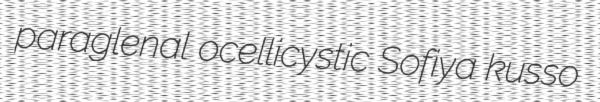
paraglenal ocellicystic Sofiya kusso